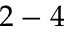
2 - 4